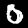
Digit: 0